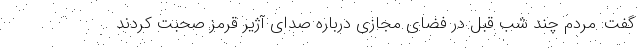
گفت: مردم چند شب قبل در فضای مجازی درباره صدای آژیر قرمز صحبت کردند